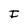
Character: J